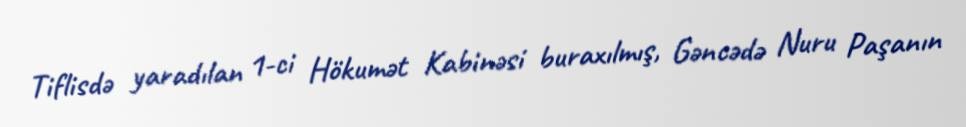
Tiflisdə yaradılan 1-ci Hökumət Kabinəsi buraxılmış, Gəncədə Nuru Paşanın